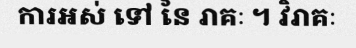
ការអស់ ទៅ នៃ រាគៈ ។ វិរាគៈ